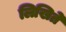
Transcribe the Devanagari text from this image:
लिखिते